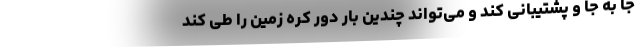
جا به جا و پشتیبانی کند و می‌تواند چندین بار دور کره زمین را طی کند